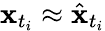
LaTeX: \mathbf{x}_{t_{i}}\approx\hat{\mathbf{x}}_{t_{i}}